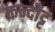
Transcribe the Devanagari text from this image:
कन्दोट्ट